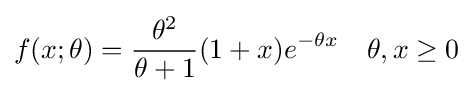
f(x;\theta )={\frac {\theta ^{2}}{\theta +1}}(1+x)e^{-\theta x}\quad \theta ,x\geq 0